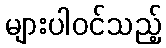
များပါဝင်သည့်